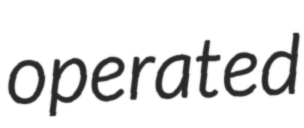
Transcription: operated